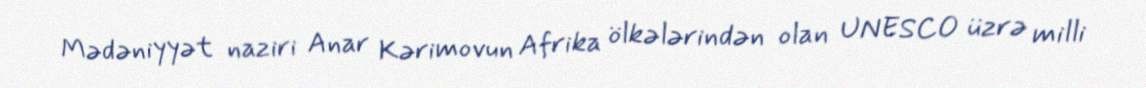
Mədəniyyət naziri Anar Kərimovun Afrika ölkələrindən olan UNESCO üzrə milli